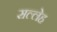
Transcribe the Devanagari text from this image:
सल्लेह